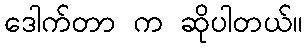
ဒေါက်တာ က ဆိုပါတယ်။